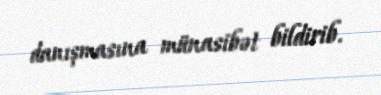
danışmasına münasibət bildirib.